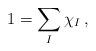
LaTeX: \begin{align*} 1 = \sum_{I}\chi_{I}\,,\end{align*}